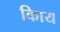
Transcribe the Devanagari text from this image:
किाय